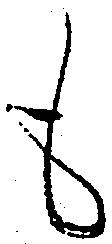
も